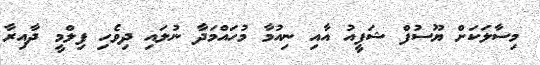
މިސާލަކަށް ޔޫސުފް ޝަފީއު އާއި ނިއުމާ މުހައްމަދާ ނުލައި ދިވެހި ފިލްމީ ދާއިރާ